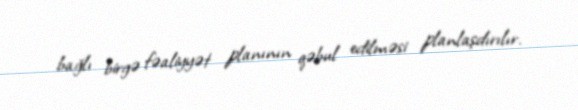
bağlı birgə fəaliyyət planının qəbul edilməsi planlaşdırılır.